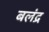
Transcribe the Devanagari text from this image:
बलंद्र